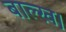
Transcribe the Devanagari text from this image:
बाल्ख।